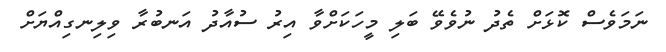
ނަމަވެސް ކޮޅަށް ތެދު ނުވެވޭ ބަލި މީހަކަށްވާ އިރު ސުއާދު އަނބުރާ ވިލިނގިއްޔަށް